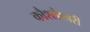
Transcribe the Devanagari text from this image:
कौश्लेश्वरी